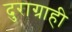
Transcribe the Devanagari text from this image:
दुराग्राही